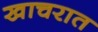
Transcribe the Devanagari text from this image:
खाचरात